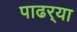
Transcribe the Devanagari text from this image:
पाढर्‍या